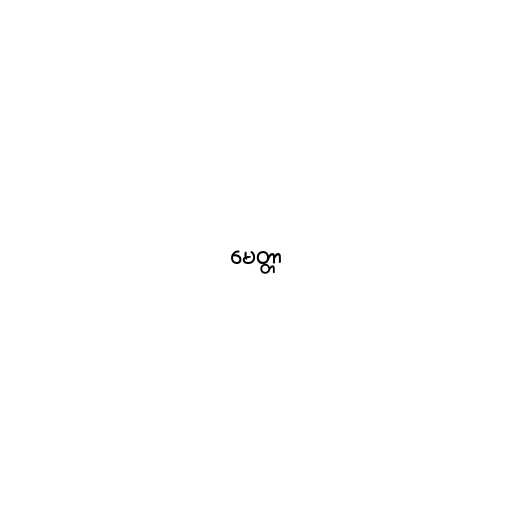
မေတ္တာ